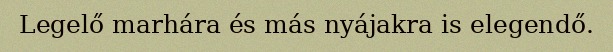
Legelő marhára és más nyájakra is elegendő.